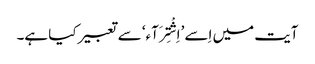
آیت میں اِسے ’اِشْتِرَآء‘ سے تعبیر کیا ہے۔